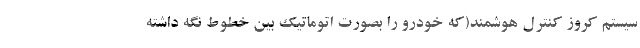
سیستم کروز کنترل هوشمند(که خودرو را بصورت اتوماتیک بین خطوط نگه داشته